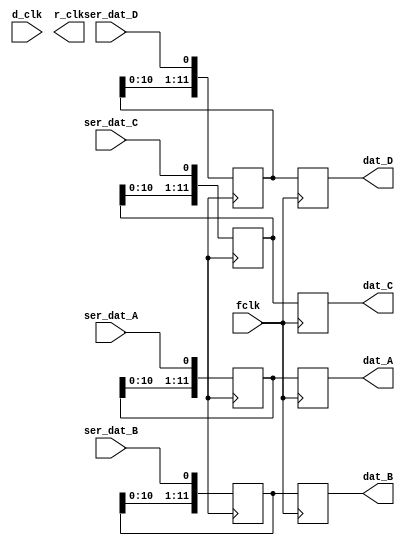
module adc_deser
(
  input d_clk,
  input fclk,
  input ser_dat_A,
  input ser_dat_B,
  input ser_dat_C,
  input ser_dat_D,
  output r_clk,
  output reg [11:0] dat_A,
  output reg [11:0] dat_B,
  output reg [11:0] dat_C,
  output reg [11:0] dat_D
);

reg [11:0] pipe_A;
reg [11:0] pipe_B;
reg [11:0] pipe_C;
reg [11:0] pipe_D;

always @(posedge fclk) begin
  dat_A <= pipe_A;
  dat_B <= pipe_B;
  dat_C <= pipe_C;
  dat_D <= pipe_D;
end

always @(posedge dclk) begin
  pipe_A <= {pipe_A[10:0],ser_dat_A};
  pipe_B <= {pipe_B[10:0],ser_dat_B};
  pipe_C <= {pipe_C[10:0],ser_dat_C};
  pipe_D <= {pipe_D[10:0],ser_dat_D};
end

endmodule